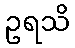
ဥရသိ